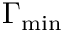
\Gamma _ { \mathrm { m i n } }